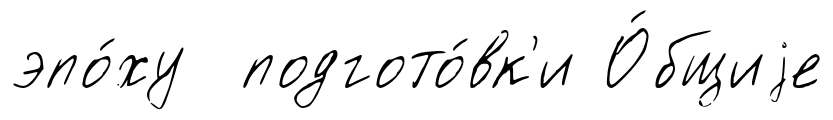
эпо́ху подгото́вк'и О́бщиjе